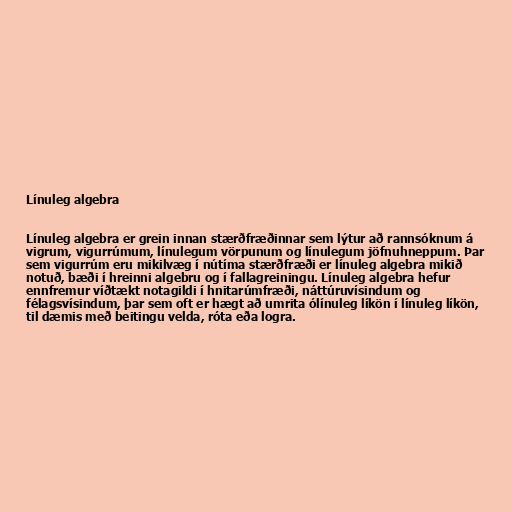
Línuleg algebra

Línuleg algebra er grein innan stærðfræðinnar sem lýtur að rannsóknum á
vigrum, vigurrúmum, línulegum vörpunum og línulegum jöfnuhneppum. Þar
sem vigurrúm eru mikilvæg í nútíma stærðfræði er línuleg algebra mikið
notuð, bæði í hreinni algebru og í fallagreiningu. Línuleg algebra hefur
ennfremur víðtækt notagildi í hnitarúmfræði, náttúruvísindum og
félagsvísindum, þar sem oft er hægt að umrita ólínuleg líkön í línuleg líkön,
til dæmis með beitingu velda, róta eða logra.